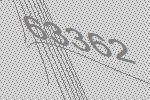
63362